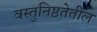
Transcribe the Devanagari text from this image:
वस्तुनिष्ठतेतील